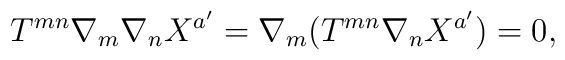
T^{mn} \nabla_m \nabla_n X^{a'} = \nabla_m (T^{mn} \nabla_n X^{a'})=0,